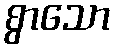
စွာသော